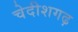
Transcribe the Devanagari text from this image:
चेदीशगढ़